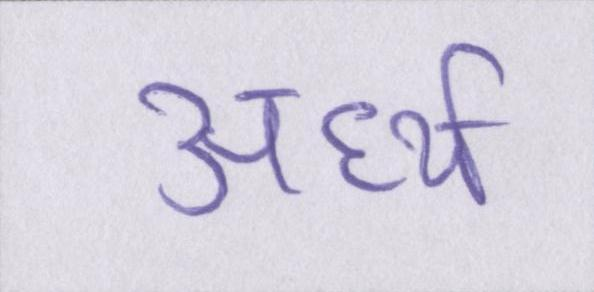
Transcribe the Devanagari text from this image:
अर्ध्य